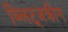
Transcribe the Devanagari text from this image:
ब्लिट्जक्रीग